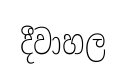
දීවාහල